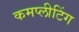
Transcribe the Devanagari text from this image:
कमप्लीटिंग